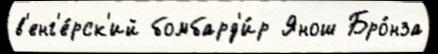
в'енг'е́рск'ий бомбард'и́р Янош Бро́нза